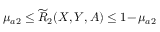
\mu _ { a 2 } \leq \widetilde { R } _ { 2 } ( X , Y , A ) \leq 1 \! - \! \mu _ { a 2 }